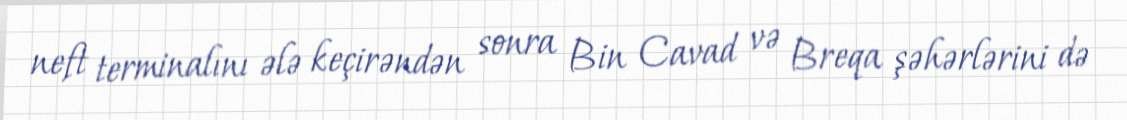
neft terminalını ələ keçirəndən sonra Bin Cavad və Breqa şəhərlərini də